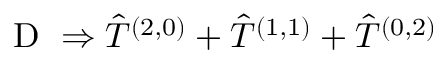
\mathrm { ~ D ~ } \Rightarrow \hat { T } ^ { ( 2 , 0 ) } + \hat { T } ^ { ( 1 , 1 ) } + \hat { T } ^ { ( 0 , 2 ) }